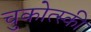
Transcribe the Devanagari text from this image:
चुकोत्स्की